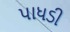
પાધડી